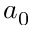
a _ { 0 }